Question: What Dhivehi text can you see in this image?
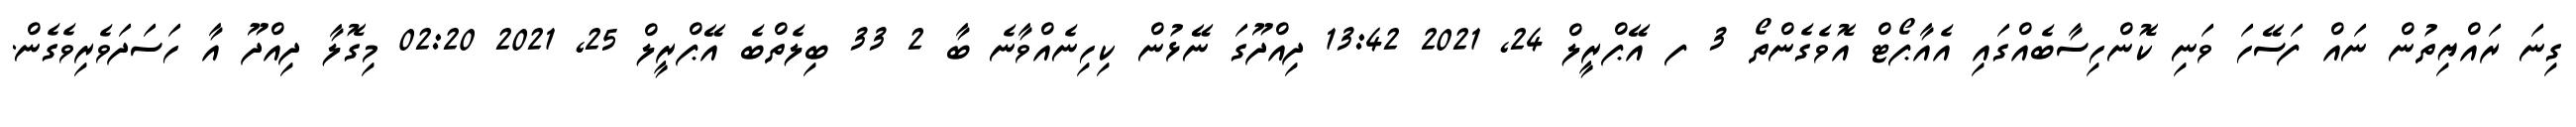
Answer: ގިނަ ރައްޔިތުން ނައް ފަސޭހަ ވަނި ކޮންހިސާބެއްގައި އެއާޕޯޓް އޮވެގެންތޯ 3 ފ އޭޕްރީލް 24, 2021 13:42 ދިއްދޫގަ ނޭޅުން ކިހިނެއްވާނެ ބާ 2 33 ބިލެތްބެ އޭޕްރީލް 25, 2021 02:20 މިގޮލާ ދިއްދޫ އާ ހަސަދަވެރިވެގެން.